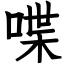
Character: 喋